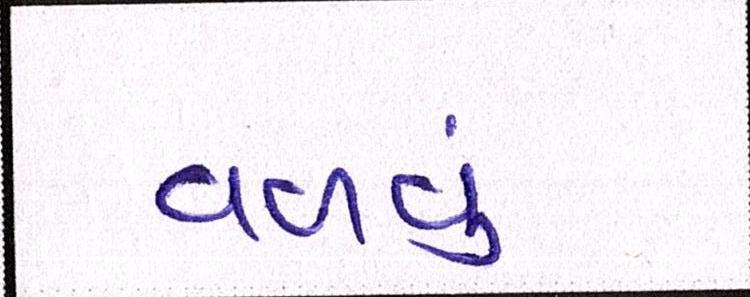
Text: વળવું